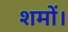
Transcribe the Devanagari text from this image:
शमों।